Vital statistics of India. Vol. V, Reports of 1876 on armies & jails and on epidemic cholera
Year: 1876
Disease focus: Cholera
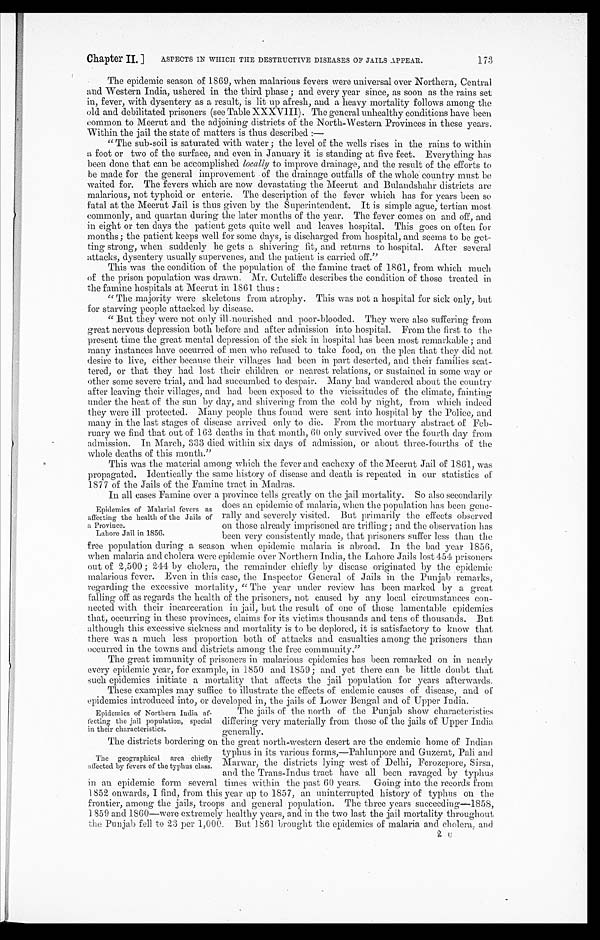
Chapter II. ]
ASPECTS IN WHICH THE DESTRUCTIVE DISEASES OF JAILS APPEAR.
173
The epidemic season of 1869, when malarious fevers were universal over Northern, Central
and Western India, ushered in the third phase; and every year since, as soon as the rains set
in, fever, with dysentery as a result, is lit up afresh, and a heavy mortality follows among the
old and debilitated prisoners (see Table XXXVIII). The general unhealthy conditions have been
common to Meerut and the adjoining districts of the North-Western Provinces in these years.
Within the jail the state of matters is thus described:
—
"The sub-soil is saturated with water; the level of the wells rises in the rains to within
a foot or two of the surface, and even in January it is standing at five feet. Everything has
been clone that can be accomplished locally to improve drainage, and the result of the efforts to
be made for the general improvement of the drainage outfalls of the whole country must be
waited for. The fevers which are now devastating the Meerut and Bulandshahr districts are
malarious, not typhoid or enteric. The description of the fever which has for years been so
fatal at the Meerut Jail is thus given by the Superintendent. It is simple ague, tertian most
commonly, and quartan during the later months of the year. The fever comes on and off, and
in eight or ten days the patient gets quite well and leaves hospital. This goes on often for
months; the patient keeps well for some days, is discharged from hospital, and seems to be get-
ting strong, when suddenly he gets a shivering fit, and returns to hospital. After several
attacks, dysentery usually supervenes, and the patient is carried off."
This was the condition of the population of the famine tract of 1861, from which much
of the prison population was drawn. Mr. Cutcliffe describes the condition of those treated in
the famine hospitals at Meerut in 1861 thus:
"The majority were skeletons from atrophy. This was not a hospital for sick only, but
for starving people attacked by disease.
"But they were not only ill-nourished and poor-blooded. They were also suffering from
great nervous depression both before and after admission into hospital. From the first to the
present time the great mental depression of the sick in hospital has been most remarkable; and
many instances have occurred of men who refused to take food, on the plea that they did not
desire to live, either because their villages had been in part deserted, and their families scat--
tered, or that they had lost their children or nearest relations, or sustained in some way or
other some severe trial, and had succumbed to despair. Many had wandered about the country
after leaving their villages, and had been exposed to the vicissitudes of the climate, fainting
under the heat of the sun by day, and shivering from the cold by night, from which indeed
they were ill protected. Many people thus found were sent into hospital by the Police, and
many in the last stages of disease arrived only to die. From the mortuary abstract of Feb--
ruary we find that out of 162 deaths in that month, 60 only survived over the fourth day from
admission. In March, 333 died within six days of admission, or about three-fourths of the
whole deaths of this month."
This was the material among which the fever and cachexy of the "Meerut Jail of 1861, was
propagated. Identically the same history of disease and death is repeated in our statistics of
1877 of the Jails of the Famine tract in Madras.
Epidemics of Malarial fevers as
affecting the health of the Jails of
a Province.
Lahore Jail in 1856.
In all cases Famine over a province tells greatly on the jail mortality. So also secondarily
does an epidemic of malaria, when the population has been gene--
rally and severely visited. But primarily the effects observed
on those already imprisoned are trifling; and the observation has
been very consistently made, that prisoners suffer less than the
free population during a season when epidemic malaria is abroad. In the bad year 1856,
when malaria and cholera were epidemic over Northern India, the Lahore Jails lost 454 prisoners
out of 2,500; 244 by cholera, the remainder chiefly by disease originated by the epidemic
malarious fever. Even in this case, the Inspector General of Jails in the Punjab remarks,
regarding the excessive mortality, "The year under review has been marked by a great
falling off as regards the health of the prisoners, not caused by any local circumstances con
-nected with their incarceration in jail, but the result of one of those lamentable epidemics
that, occurring in these provinces, claims for its victims thousands and tens of thousands. But
although this excessive sickness and mortality is to be deplored, it is satisfactory to know that
there was a much less proportion both of attacks and casualties among the prisoners than
occurred in the towns and districts among the free community."
The great immunity of prisoners in malarious epidemics has been remarked on in nearly
every epidemic year, for example, in 1850 and 1859; and yet there can be little doubt that
such epidemics initiate a mortality that affects the jail population for years afterwards.
These examples may suffice to illustrate the effects of endemic causes of disease, and of
epidemics introduced into, or developed in, the jails of Lower Bengal and of
Upper India.
Epidemics of Northern India af
-fecting the jail population, special
in their characteristics.
The jails of the north of the Punjab show characteristics
differing very materially from those of the jails of Upper India
generally.
The geographical area chiefly
affected by fevers of the typhus class.
The districts bordering on the great north-western desert are the endemic home of Indian
typhus in its various forms,—Pahlunpore and Guzerat, Pali and
Marwar, the districts lying west of Delhi, Ferozepore, Sirsa,
and the Trans-Indus tract have all been ravaged by typhus
in an epidemic form several times within the past 60 years. Going into the records from
1852 onwards, I find, from this year up to 1857, an uninterrupted history of typhus on the
frontier, among the jails, troops and general population. The three years succeeding—1858,
1859 and 1860—were extremely healthy years, and in the two last the jail mortality throughout
the Punjab fell to 23 Per 1,000. But 1861 brought the epidemics of malaria and cholera, and